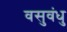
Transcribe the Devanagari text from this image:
वसुवंधु